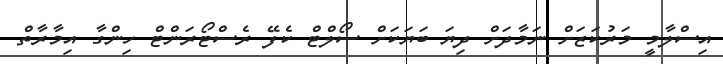
އިސްލާމީ މަރުކަޒަށް ނަމާދަށް ދިޔަ ބަޔަކަށް ސޯލްޓް ކެފޭ ރެސްޓޯރަންޓް ހިންގާ އިމާރާތް